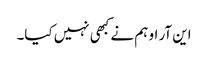
این آر او ہم نے کبھی نہیں کیا۔